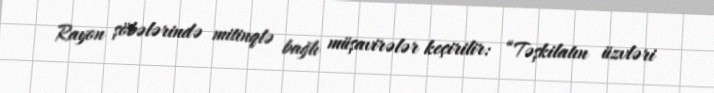
Rayon şöbələrində mitinqlə bağlı müşavirələr keçirilir: “Təşkilatın üzvləri